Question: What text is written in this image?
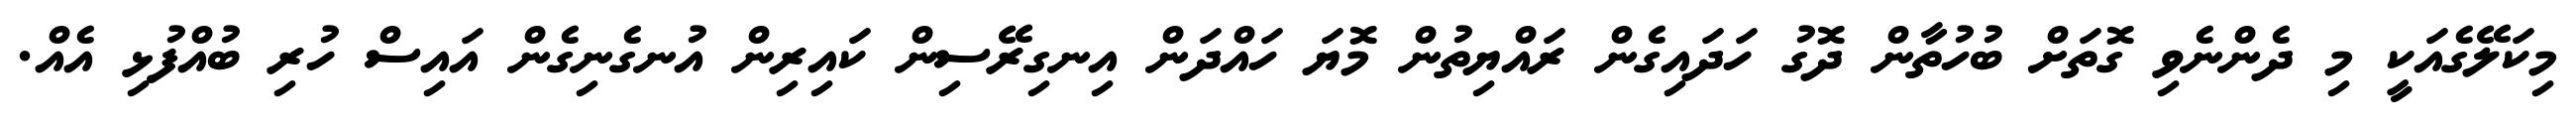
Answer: މިކަލޭގެއަކީ މި ދެންނެވި ގޮތަށް ބުހުތާން ދޮގު ހަދައިގެން ރައްޔިތުން މޮޔަ ހައްދަން އިނގިރޭސިން ކައިރިން އުނގެނިގެން އައިސް ހުރި ބުއްފުޅި އެއް.